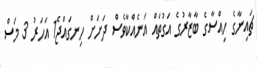
ޗައިނާގެ ހިއްސާގެ ބާޒާރުގެ އަގުތައް އަނެއްކާވެސް ދަށަށް ހިނގައްޖެ1 އަހަރު 3 މަސް